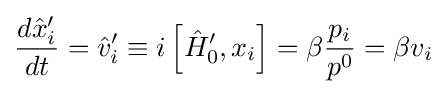
{\frac {d{\hat {x}}_{i}'}{dt}}={\hat {v}}_{i}'\equiv i\left[{\hat {H}}'_{0},x_{i}\right]=\beta {\frac {p_{i}}{p^{0}}}=\beta v_{i}